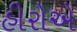
હીરોએ